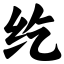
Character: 纥